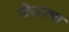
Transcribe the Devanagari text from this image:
पोस्टाचा